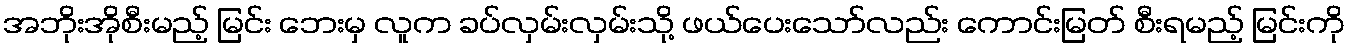
အဘိုးအိုစီးမည့် မြင်း ဘေးမှ လူက ခပ်လှမ်းလှမ်းသို့ ဖယ်ပေးသော်လည်း ကောင်းမြတ် စီးရမည့် မြင်းကို